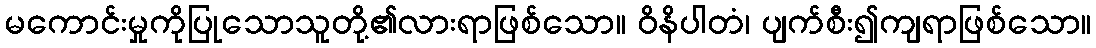
မကောင်းမှုကိုပြုသောသူတို့၏လားရာဖြစ်သော။ ဝိနိပါတံ၊ ပျက်စီး၍ကျရာဖြစ်သော။